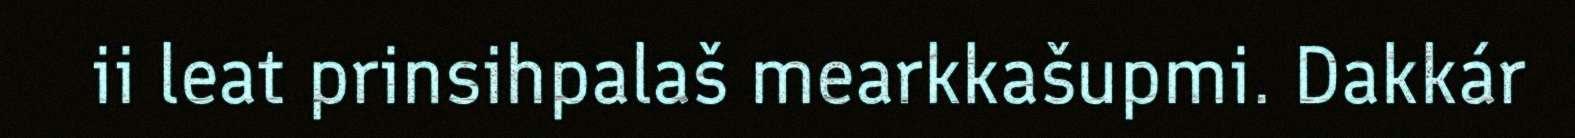
ii leat prinsihpalaš mearkkašupmi. Dakkár